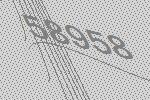
58958